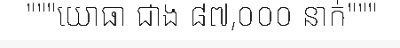
"""យោធា ជាង ៨៧,០០០ នាក់"""